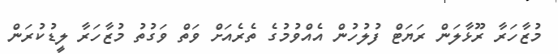
މުޒާހަރާ ރޫޅާލަން ރަޔަޓް ފުލުހުން އެއްވުމުގެ ތެރެއަށް ވަތް ވަގުތު މުޒާހަރާ ލީޑުކުރަން